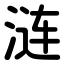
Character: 涟